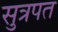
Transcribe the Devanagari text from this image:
सुत्रपत